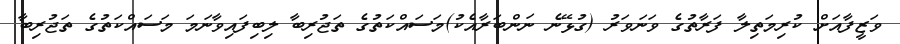
ވަޒީފާއަށް ކުރިމަތިލާ ފަރާތުގެ ވަނަވަރު (ގުޅޭނެ ނަންބަރާއެކު)މަސައްކަތުގެ ތަޖުރިބާ ލިބިފައިވާނަމަ މަސައްކަތުގެ ތަޖުރިބާ